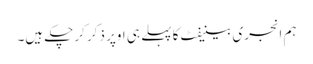
ہم انجری بینیفٹ کا پہلے ہی اوپر ذکر کرچکے ہیں۔